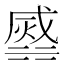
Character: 𣹹